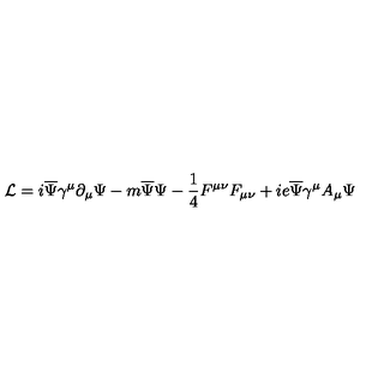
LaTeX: { \mathcal { L } } = i { \overline { { \Psi } } } \gamma ^ { \mu } \partial _ { \mu } \Psi - m { \overline { { \Psi } } } \Psi - \frac { 1 } { 4 } F ^ { \mu \nu } F _ { \mu \nu } + i e \overline { { \Psi } } { \gamma ^ { \mu } } { A _ { \mu } } { \Psi }